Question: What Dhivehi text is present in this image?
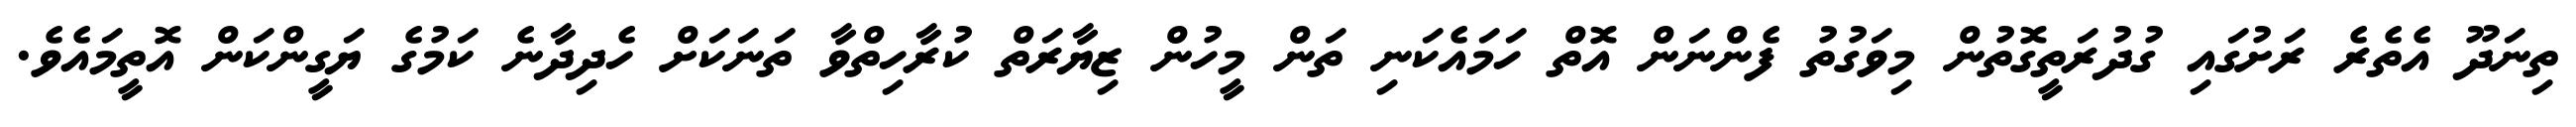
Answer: ތިނަދޫ އެތެރެ ރަށުގައި ގުދުރަތީގޮތުން މިވަގުތު ފެންނަން އޮތް ހަމައެކަނި ތަން މީހުން ޒިޔާރަތް ކުރާހިތްވާ ތަނަކަށް ހެދިދާނެ ކަމުގެ ޔަގީންކަން އޮތީމައެވެ.